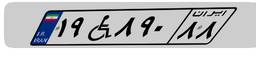
۰۲W۳۰۹۳۱